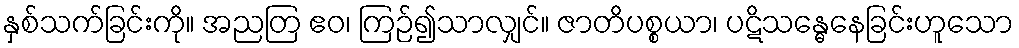
နှစ်သက်ခြင်းကို။ အညတြ ဧဝ၊ ကြဉ်၍သာလျှင်။ ဇာတိပစ္စယာ၊ ပဋိသန္ဓေနေခြင်းဟူသော